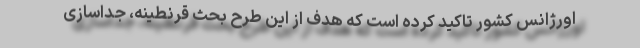
اورژانس کشور تاکید کرده است که هدف از این طرح بحث قرنطینه، جداسازی